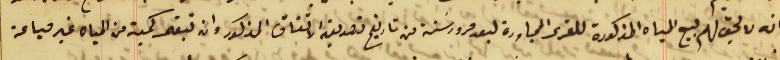
انه لا يحق لهم بيع المياه المذكورة للقرى المجاورة لبعد مرور سَنة من تاريخ تصديق الاتفاق المذكور وان تبقى كمية من المياه غير مباعة